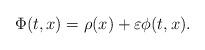
LaTeX: \begin{align*} \Phi(t,x) = \rho(x) + \varepsilon \phi(t,x).\end{align*}